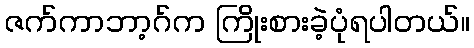
ဇက်ကာဘာ့ဂ်က ကြိုးစားခဲ့ပုံရပါတယ်။